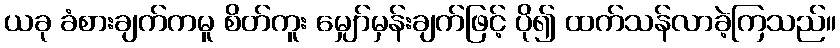
ယခု ခံစားချက်ကမူ စိတ်ကူး မျှော်မှန်းချက်ဖြင့် ပို၍ ထက်သန်လာခဲ့ကြသည်။